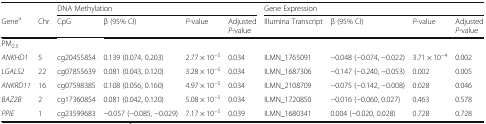
|  |  | <COLSPAN=4> DNA Methylation | <COLSPAN=4> Gene Expression |
 | Genea | Chr | CpG | β (95% CI) | P-value | Adjusted P-value | Illumina Transcript | β (95% CI) | P-value | Adjusted P-value |
 | --- | --- | --- | --- | --- | --- | --- | --- | --- | --- |
 | <COLSPAN=10> PM2.5 |
 | ANKHD1 | 5 | cg20455854 | 0.139 (0.074, 0.203) | 2.77 × 10−5 | 0.034 | ILMN_1765091 | −0.048 (−0.074, −0.022) | 3.71 × 10−4 | 0.002 |
 | LGALS2 | 22 | cg07855639 | 0.081 (0.043, 0.120) | 3.28 × 10−5 | 0.034 | ILMN_1687306 | −0.147 (−0.240, −0.053) | 0.002 | 0.005 |
 | ANKRD11 | 16 | cg07598385 | 0.108 (0.056, 0.160) | 4.97 × 10−5 | 0.034 | ILMN_2108709 | −0.075 (−0.142, −0.008) | 0.028 | 0.046 |
 | BAZ2B | 2 | cg17360854 | 0.081 (0.042, 0.120) | 5.08 × 10−5 | 0.034 | ILMN_1720850 | −0.016 (−0.060, 0.027) | 0.463 | 0.578 |
 | PPIE | 1 | cg23599683 | −0.057 (−0.085, −0.029) | 7.17 × 10−5 | 0.039 | ILMN_1680341 | 0.004 (−0.020, 0.028) | 0.728 | 0.728 |